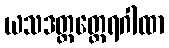
ယသဒတ္တတ္ထေရဂါထာ